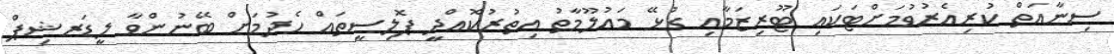
ސިނާއަތް ކުރިއެރުވުމަށްޓަކައި ޓޫރިޒަމާއި ގުޅޭ މަޢުލޫމާތު އިތުރުކޮއްދީ ޕޮލިސީތައް ހެދުމަށް ބޭނުންވާ ލީޑަރޝިޕް